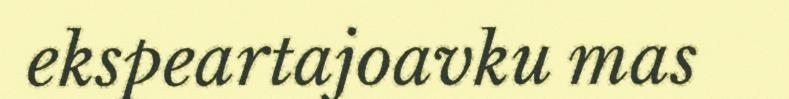
ekspeartajoavku mas